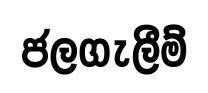
ජලගැලීම්